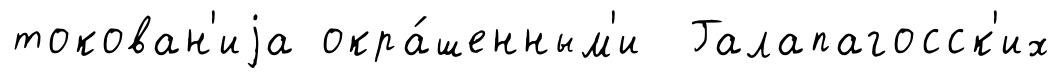
токован'иjа окра́шенным'и Галапагосск'их